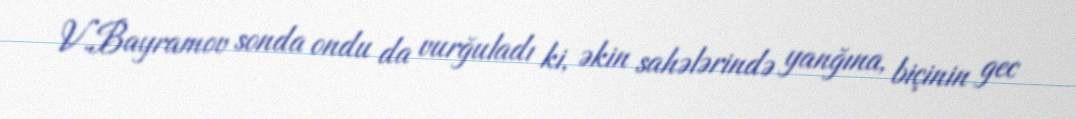
V.Bayramov sonda ondu da vurğuladı ki, əkin sahələrində yanğına, biçinin gec